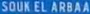
SOUK EL ARBAA